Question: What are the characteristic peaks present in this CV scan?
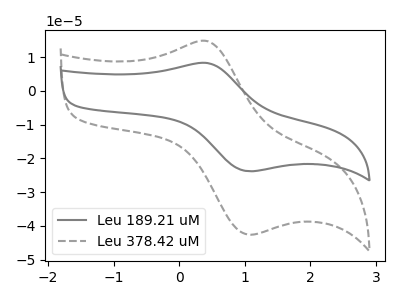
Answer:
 <answer>The gray curve "Leu 189.21 uM" has an anodic peak at (0.40V, 8.25uA) and a cathodic peak at (1.10V, -23.80uA). The gray dashed curve "Leu 378.42 uM" has an anodic peak at (0.40V, 14.70uA) and a cathodic peak at (1.10V, -42.60uA).</answer>
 <eval></eval>